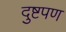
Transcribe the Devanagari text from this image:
दुष्टपण